Report of the Indian Hemp Drugs Commission, 1894-1895 - Volume IV
Year: 1894
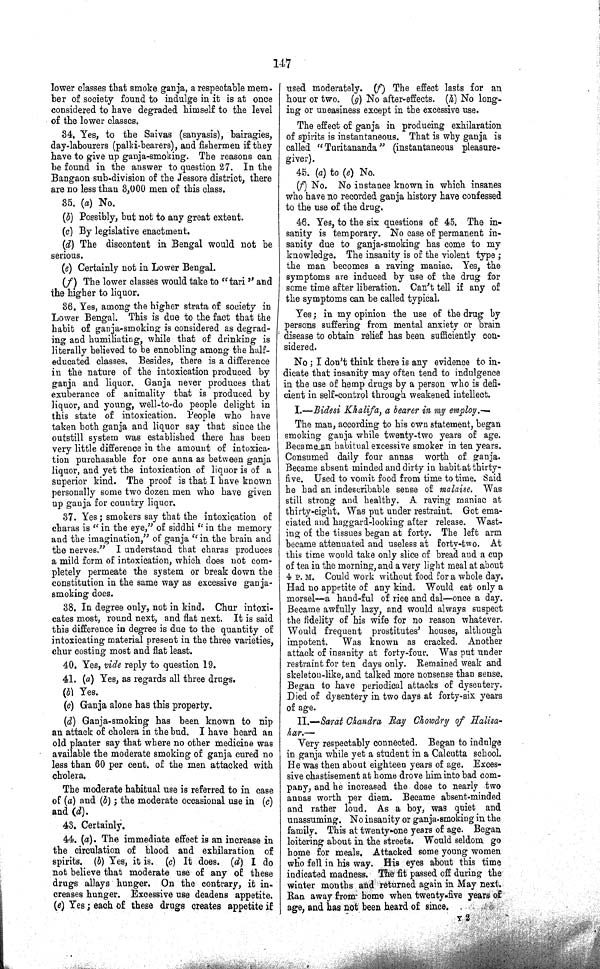
147
lower classes that smoke ganja, a respectable mem-
ber of society found to indulge in it is at once
considered to have degraded himself to the level
of the lower classes.
34. Yes, to the Saivas (sanyasis), bairagies,
day-labourers (palki-bearers), and fishermen if they
have to give up ganja-smoking. The reasons can
be found in the answer to question 27. In the
Bangaon sub-division of the Jessore district, there
are no less than 3,000 men of this class.
35. (a) No.
(b) Possibly, but not to any great extent.
(c) By legislative enactment.
(d) The discontent in Bengal would not be
serious.
(e) Certainly not in Lower Bengal.
(f) The lower classes would take to "tari" and
the higher to liquor.
36. Yes, among the higher strata of society in
Lower Bengal. This is due to the fact that the
habit of ganja-smoking is considered as degrad¬
ing and humiliating, while that of drinking is
literally believed to be ennobling among the half-
educated classes. Besides, there is a difference
in the nature of the intoxication produced by
ganja and liquor. Ganja never produces that
exuberance of animality that is produced by
liquor, and young, well-to-do people delight in
this state of intoxication. People who have
taken both ganja and liquor say that since the
outstill system was established there has been
very little difference in the amount of intoxica¬
tion purchasable for one anna as between ganja
liquor, and yet the intoxication of liquor is of a
superior kind. The proof is that I have known
personally some two dozen men who have given
up ganja for country liquor.
37. Yes; smokers say that the intoxication of
charas is "in the eye," of siddhi "in the memory
and the imagination," of ganja "in the brain and
the nerves." I understand that charas produces
a mild form of intoxication, which does not com¬
pletely permeate the system or break down the
constitution in the same way as excessive ganja-
smoking does.
38. In degree only, not in kind. Chur intoxi¬
cates most, round next, and flat next. It is said
this difference in degree is due to the quantity of
intoxicating material present in the three varieties,
chur costing most and flat least.
40. Yes, vide reply to question 19.
41. (a) Yes, as regards all three drugs.
(b) Yes.
(c) Ganja alone has this property.
(d) Ganja-smoking has been known to nip
an attack of cholera in the bud. I have heard an
old planter say that where no other medicine was
available the moderate smoking of ganja cured no
less than 60 per cent. of the men attacked with
cholera.
The moderate habitual use is referred to in case
of (a) and (b); the moderate occasional use in (c)
and (d).
43. Certainly.
44. (a). The immediate effect is an increase in
the circulation of blood and exhilaration of
spirits. (b) Yes, it is. (c) It does. (d) I do
not believe that moderate use of any of these
drugs allays hunger. On the contrary, it in¬
creases hunger. Excessive use deadens appetite.
(e) Yes; each of these drugs creates appetite if
used moderately. (f) The effect lasts for an
hour or two. (g) No after-effects. (h) No long¬
ing or uneasiness except in the excessive use.
The effect of ganja in producing exhilaration
of spirits is instantaneous. That is why ganja is
called "Turitananda" (instantaneous pleasure-
giver).
45. (a) to (e) No.
(f) No. No instance known in which insanes
who have no recorded ganja history have confessed
to the use of the drug.
46. Yes, to the six questions of 45. The in¬
sanity is temporary. No case of permanent in¬
sanity due to ganja-smoking has come to my
knowledge. The insanity is of the violent type;
the man becomes a raving maniac. Yes, the
symptoms are induced by use of the drug for
some time after liberation. Can't tell if any of
the symptoms can be called typical.
Yes; in my opinion the use of the drug by
persons suffering from mental anxiety or brain
disease to obtain relief has been sufficiently con¬
sidered.
No; I don't think there is any evidence to in¬
dicate that insanity may often tend to indulgence
in the use of hemp drugs by a person who is defi¬
cient in self-control through weakened intellect.
I.—Bidesi Khalifa, a bearer in my employ.—
The man, according to his own statement, began
smoking ganja while twenty-two years of age.
Became an habitual excessive smoker in ten years.
Consumed daily four annas worth of ganja.
Became absent minded and dirty in habit at thirty-
five. Used to vomit food from time to time. Said
he had an indescribable sense of malaise. Was
still strong and healthy. A raving maniac at
thirty-eight. Was put under restraint. Got ema¬
ciated and haggard-looking after release. Wast¬
ing of the tissues began at forty. The left arm
became attenuated and useless at forty-two. At
this time would take only slice of bread and a cup
of tea in the morning, and a very light meal at about
4 P. M. Could work without food for a whole day.
Had no appetite of any kind. Would eat only a
morsel—a hand-ful of rice and dal—once a day.
Became awfully lazy, and would always suspect
the fidelity of his wife for no reason whatever.
Would frequent prostitutes' houses, although
impotent. Was known as cracked. Another
attack of insanity at forty-four. Was put under
restraint for ten days only. Remained weak and
skeleton-like, and talked more nonsense than sense.
Began to have periodical attacks of dysentery.
Died of dysentery in two days at forty-six years
of age.
II.—Sarat Chandra Ray Chowdry of Halisa-
har.—
Very respectably connected. Began to indulge
in ganja while yet a student in a Calcutta school.
He was then about eighteen years of age. Exces¬
sive chastisement at home drove him into bad com¬
pany, and he increased the dose to nearly two
annas worth per diem. Became absent-minded
and rather loud. As a boy, was quiet and
unassuming. No insanity or ganja-smoking in the
family. This at twenty-one years of age. Began
loitering about in the streets. Would seldom go
home for meals. Attacked some young women
who fell in his way. His eyes about this time
indicated madness. The fit passed off during the
winter months and returned again in May next.
Ran away from home when twenty-five years of
age, and has not been heard of since.
Y 2